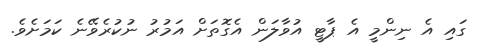
ގައި އެ ނިންމީ އެ ޕާޓީ އުވާލަން އެގޮތަށް އަމުރު ނުކުރެވޭނެ ކަމަށެވެ.